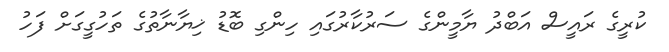
ކުރީގެ ރައީސް އަބްދު ޔާމީންގެ ސަރުކާރުގައި ހިންގި ބޮޑު ޚިޔާނާތުގެ ތަހުގީގަށް ފަހު